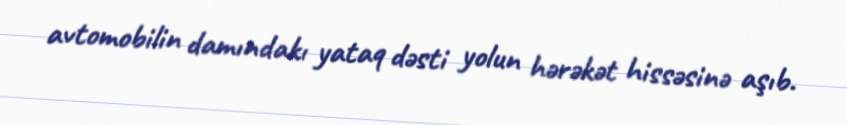
avtomobilin damındakı yataq dəsti yolun hərəkət hissəsinə aşıb.